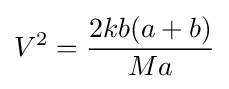
V^{2}={\frac {2kb(a+b)}{Ma}}